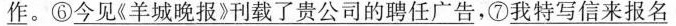
\underline{作}。⑥\underline{今见《羊城晚报》刊载了贵公司的聘任广告}，⑦\underline{我特写信来报名}